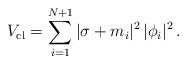
LaTeX: \begin{align*}V_{\rm cl} = \sum_{i=1}^{N+1} |\sigma + m_{i}|^{2}\, |\phi_{i}|^{2}\, .\end{align*}